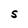
Character: S